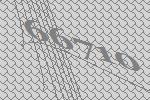
66710